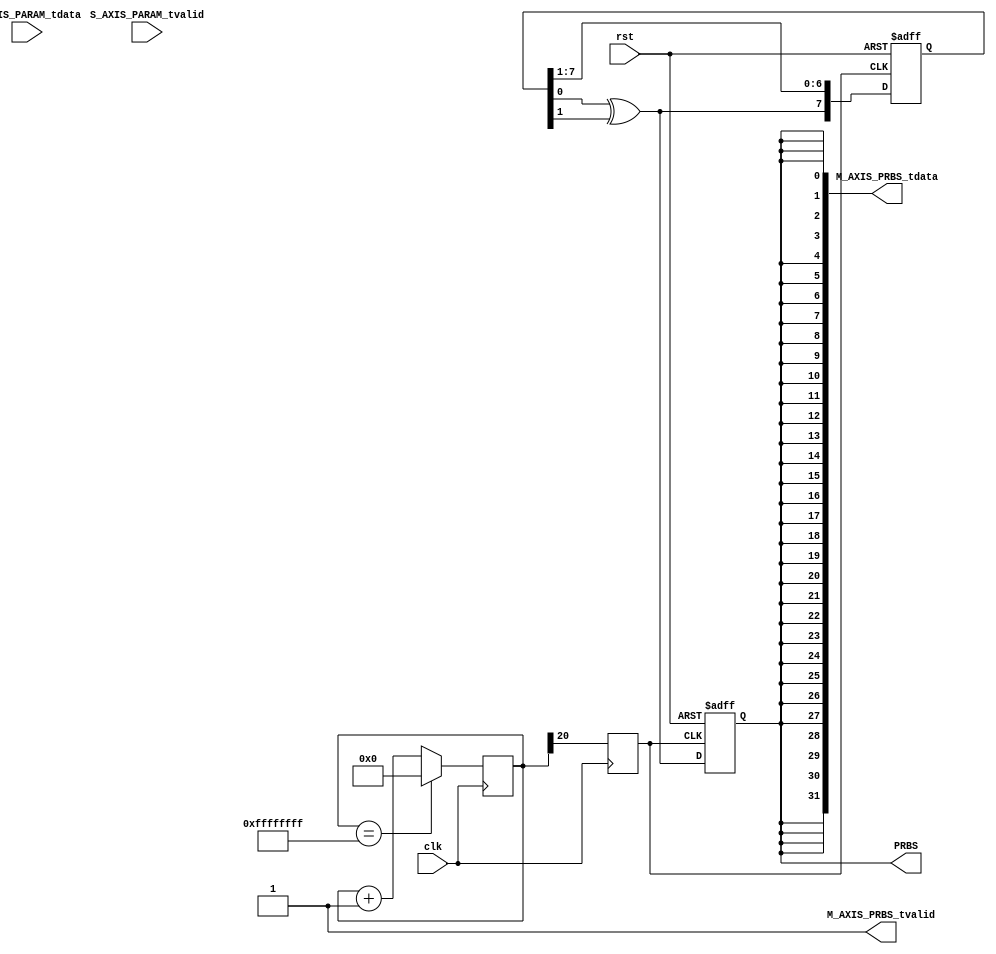
module PRBS_axis#
(parameter AXIS_TDATA_WIDTH = 32,
parameter VAR = 0,
parameter CLOCK_BIT = 20, 
parameter PRBS_SEL = 0)

(input clk, input rst,
output PRBS,
(* X_INTERFACE_PARAMETER = "FREQ_HZ 125000000" *)
input [AXIS_TDATA_WIDTH-1:0]        S_AXIS_PARAM_tdata,
input                               S_AXIS_PARAM_tvalid,
(* X_INTERFACE_PARAMETER = "FREQ_HZ 125000000" *)
output wire [AXIS_TDATA_WIDTH-1:0]  M_AXIS_PRBS_tdata,
output wire                         M_AXIS_PRBS_tvalid);

reg[31:0] q;
reg result;
reg [2:0] sel;
reg [31:0] cnt = 0;
reg temp;
wire reduced_clk; //This is the effective temp clock
assign reduced_clk =  temp;

assign PRBS = result;
assign M_AXIS_PRBS_tdata = {AXIS_TDATA_WIDTH{result}};
assign M_AXIS_PRBS_tvalid = 1'b1;

always @(posedge clk) begin 
    cnt <= (cnt == 4294967295) ? 0 : cnt+1;
	if(VAR == 0) temp <= cnt[CLOCK_BIT];
	else begin
		case(S_AXIS_PARAM_tdata[4:0])
			5'b00000 : temp <= cnt[0];
			5'b00001 : temp <= cnt[1];
			5'b00010 : temp <= cnt[2];
			5'b00011 : temp <= cnt[3];
			5'b00100 : temp <= cnt[4];
			5'b00101 : temp <= cnt[5];
			5'b00110 : temp <= cnt[6];
			5'b00111 : temp <= cnt[7];
			5'b01000 : temp <= cnt[8];
			5'b01001 : temp <= cnt[9];
			5'b01010 : temp <= cnt[10];
			5'b01011 : temp <= cnt[11];
			5'b01100 : temp <= cnt[12];
			5'b01101 : temp <= cnt[13];
			5'b01110 : temp <= cnt[14];
			5'b01111 : temp <= cnt[15];
			5'b10000 : temp <= cnt[16];
			5'b10001 : temp <= cnt[17];
			5'b10010 : temp <= cnt[18];
			5'b10011 : temp <= cnt[19];
			5'b10100 : temp <= cnt[20];
			5'b10101 : temp <= cnt[21];
			5'b10110 : temp <= cnt[22];
			5'b10111 : temp <= cnt[23];
			5'b11000 : temp <= cnt[24];
			5'b11001 : temp <= cnt[25];
			5'b11010 : temp <= cnt[26];
			5'b11011 : temp <= cnt[27];
			5'b11100 : temp <= cnt[28];
			5'b11101 : temp <= cnt[29];
			5'b11110 : temp <= cnt[30];
			5'b11111 : temp <= cnt[31];
		endcase
	end
end

always @ (posedge reduced_clk or posedge rst) begin
	$display("reduced clock");
	if(rst) begin 
	   q <= 32'd1;
	   result = 0;
	   end
	else
	begin
	   //result = q[0] ^ q[1]; //PRBS7
       //q = {result,q[6:1]};
	   //See if <= works better than =
	   if(VAR == 0) sel = PRBS_SEL;
	   else sel = S_AXIS_PARAM_tdata[7:5]; //In IP creation map options to PRBS-k
	   case(sel)
	       3'b000 : begin 
	           result = q[0] ^ q[1]; //PRBS7
	           q = {result,q[7:1]};
	           end
	       3'b001 : begin 
	           result = q[0] ^ q[4]; //PRBS9
	           q = {result,q[9:1]};
	           end
	       3'b010 : begin 
	           result = q[0] ^ q[1]; //PRBS15
	           q = {result,q[15:1]};
	           end
	       3'b011 : begin 
	           result = q[0] ^ q[5]; //PRBS23
	           q = {result,q[23:1]};
	           end
	       3'b100 : begin 
	           result = q[0] ^ q[3]; //PRBS31
		       q = {result,q[31:1]};
		       end
		   default : q=0;
		endcase
	end
end


endmodule